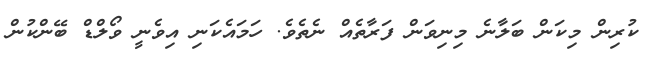
ކުރިން މިކަން ބަލާނެ މިނިވަން ފަރާތެއް ނެތެވެ. ހަމައެކަނި އިވެނީ ވޯލްޑް ބޭންކުން